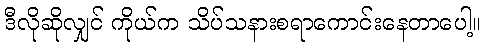
ဒီလိုဆိုလျှင် ကိုယ်က သိပ်သနားစရာကောင်းနေတာပေါ့။